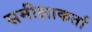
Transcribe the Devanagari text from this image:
समीक्षाकर्ता